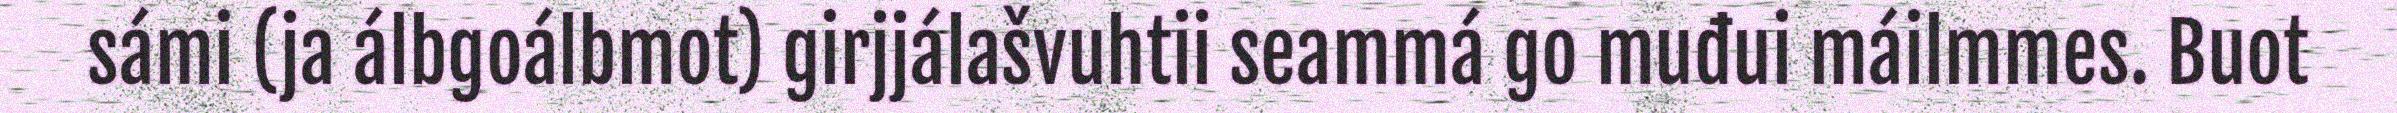
sámi (ja álbgoálbmot) girjjálašvuhtii seammá go muđui máilmmes. Buot